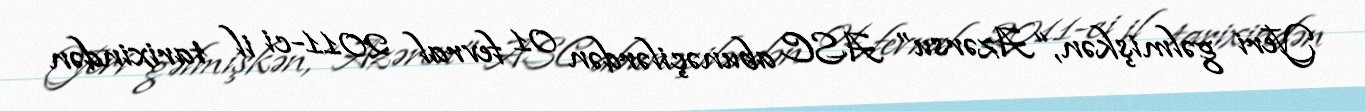
Yeri gəlmişkən, “Azərsu” ASC abunəçilərdən 01 fevral 2011-ci il tarixindən